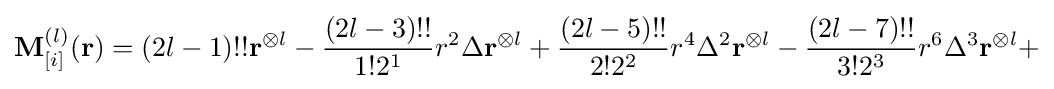
\mathbf {M} _{[i]}^{(l)}(\mathbf {r} )=(2l-1)!!\mathbf {r} ^{\otimes l}-{\frac {(2l-3)!!}{1!2^{1}}}r^{2}\Delta \mathbf {r} ^{\otimes l}+{\frac {(2l-5)!!}{2!2^{2}}}r^{4}\Delta ^{2}\mathbf {r} ^{\otimes l}-{\frac {(2l-7)!!}{3!2^{3}}}r^{6}\Delta ^{3}\mathbf {r} ^{\otimes l}+